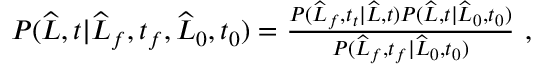
\begin{array} { r } { P ( \widehat { L } , t | \widehat { L } _ { f } , t _ { f } , \widehat { L } _ { 0 } , t _ { 0 } ) = \frac { P ( \widehat { L } _ { f } , t _ { t } | \widehat { L } , t ) P ( \widehat { L } , t | \widehat { L } _ { 0 } , t _ { 0 } ) } { P ( \widehat { L } _ { f } , t _ { f } | \widehat { L } _ { 0 } , t _ { 0 } ) } \ , } \end{array}